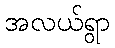
အလယ်ရွာ